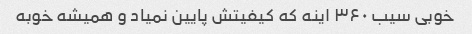
خوبی سیب ۳۶۰‌ اینه که کیفیتش پایین نمیاد و همیشه خوبه